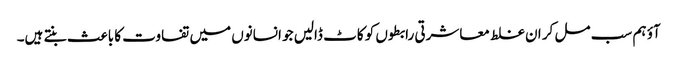
آؤ ہم سب مل کر ان غلط معاشرتی رابطوں کو کاٹ ڈالیں جو انسانوں میں تفاوت کا باعث بنتے ہیں۔